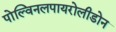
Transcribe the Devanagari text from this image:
पोल्विनलपायरोलीडोन